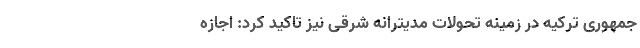
‌جمهوری ترکیه در زمینه تحولات مدیترانه شرقی نیز تاکید کرد: اجازه